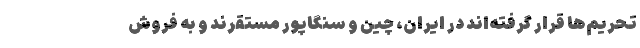
تحریم‌ها قرار گرفته‌اند در ایران، چین و سنگاپور مستقرند و به فروش